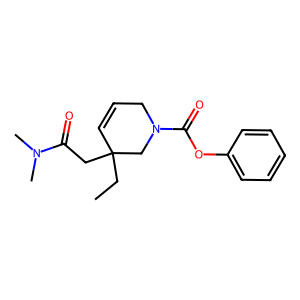
SMILES: CCC1(CC(=O)N(C)C)C=CCN(C(=O)Oc2ccccc2)C1
Inhibits HIV replication: No